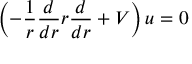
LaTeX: \left( - \frac { 1 } { r } \frac { d } { d r } r \frac { d } { d r } + V \right) u = 0